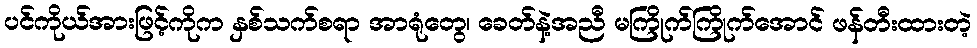
ပင်ကိုယ်အားဖြင့်ကိုက နှစ်သက်စရာ အာရုံတွေ၊ ခေတ်နဲ့အညီ မကြိုက်ကြိုက်အောင် ဖန်တီးထားတဲ့